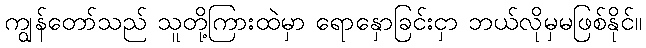
ကျွန်တော်သည် သူတို့ကြားထဲမှာ ရောနှောခြင်းငှာ ဘယ်လိုမှမဖြစ်နိုင်။